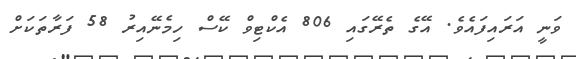
ވަނީ އަރައިފައެވެ. އޭގެ ތެރޭގައި 806 އެކްޓިވް ކޭސް ހިމެނޭއިރު 58 ފަރާތަކަށް